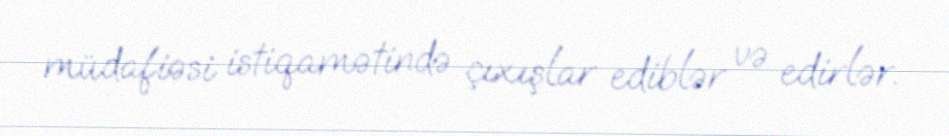
müdafiəsi istiqamətində çıxışlar ediblər və edirlər.